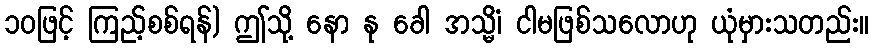
၁၀ဖြင့် ကြည့်စစ်ရန်) ဤသို့ နော နု ခေါ အသ္မိံ၊ ငါမဖြစ်သလောဟု ယုံမှားသတည်း။